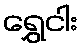
ရွှေငါး